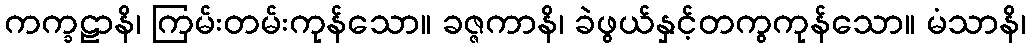
ကက္ခဠာနိ၊ ကြမ်းတမ်းကုန်သော။ ခဇ္ဇကာနိ၊ ခဲဖွယ်နှင့်တကွကုန်သော။ မံသာနိ၊